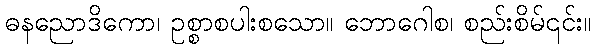
ဓနညောဒိကော၊ ဥစ္စာစပါးစသော။ ဘောဂေါစ၊ စည်းစိမ်၎င်း။